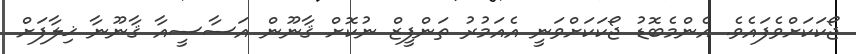
ޖޯކަކަށްވެފައެވެ. އެންމެބޮޑު ޖޯކަކަށްވަނީ އެއަމުރު ތަންފީޒް ނުކޮށް ޤާނޫން އަސާސީއާ ޤާނޫނާ ޚިލާފަށް